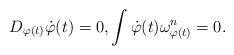
LaTeX: \begin{align*}D_{\varphi(t)} \dot{\varphi}(t) = 0, \int \dot{\varphi}(t)\omega_{\varphi(t)}^n =0.\end{align*}